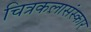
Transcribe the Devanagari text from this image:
चित्रकलासंस्कार